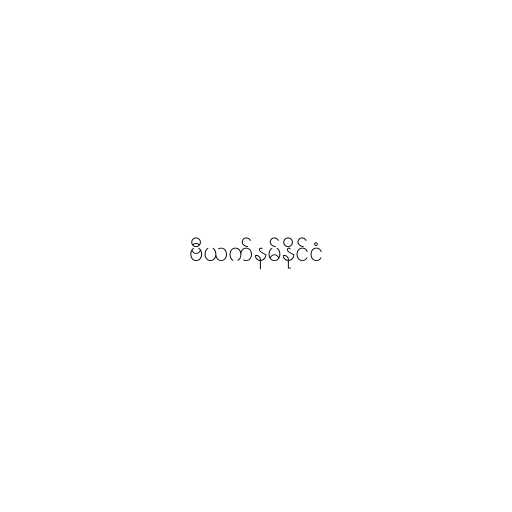
ဗီယက်နမ်နိုင်ငံ